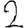
Digit: 2